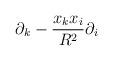
LaTeX: \begin{align*}\partial_k - {x_k x_i \over R^2}\partial_i\end{align*}